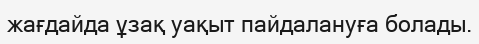
жағдайда ұзақ уақыт пайдалануға болады.